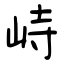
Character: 峙